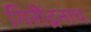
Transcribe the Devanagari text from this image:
गिरींद्रनाथ